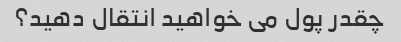
چقدر پول می خواهید انتقال دهید؟